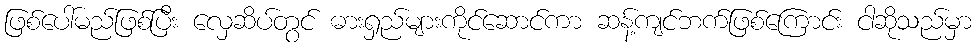
ဖြစ်ပေါ်မည်ဖြစ်ပြီး လှေဆိပ်တွင် ဓားရှည်များကိုင်ဆောင်ကာ ဆန့်ကျင်ဘက်ဖြစ်ကြောင်း ငါဆိုသည်မှာ